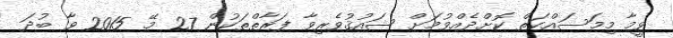
ވީމާ މިމަސައްކަތް ކޮށްދެއްވުމަށް ޝައުޤުވެރިވާ ފަރާތްތަކުން 27 މޭ 2015 ވާ ބުދަ